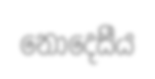
නොදෙසීය